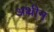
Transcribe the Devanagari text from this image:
अथीन